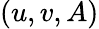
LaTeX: (u,v,A)